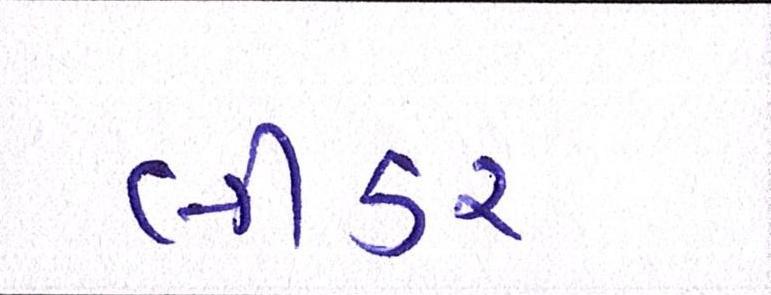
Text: લીડર